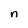
Character: n